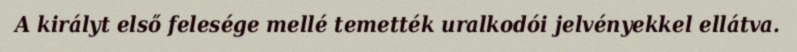
A királyt első felesége mellé temették uralkodói jelvényekkel ellátva.